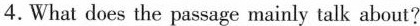
4.What does the passage mainly talk about?